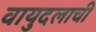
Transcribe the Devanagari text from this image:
वायुदलाची